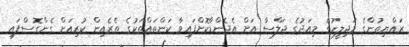
ރައްޔިތުންގެ މަޖިލީހުގެ މިއަދުގެ ޖަލްސާ އަށް އެޖެންޑާކޮށްފައިވާ ކަންތައްތަކުގެ ތެރެއިން ކުރިއަށް ގެންގޮސްފައި